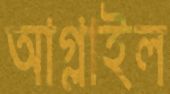
আগ্‌লাইল